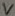
Text: V